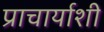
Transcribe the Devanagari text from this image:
प्राचार्याशी